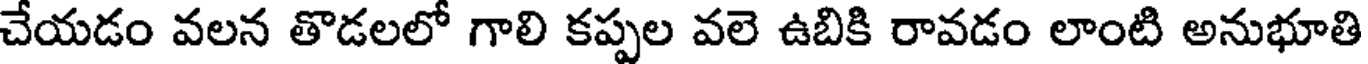
చేయడం వలన తొడలలో గాలి కప్పల వలె ఉబికి రావడం లాంటి అనుభూతి